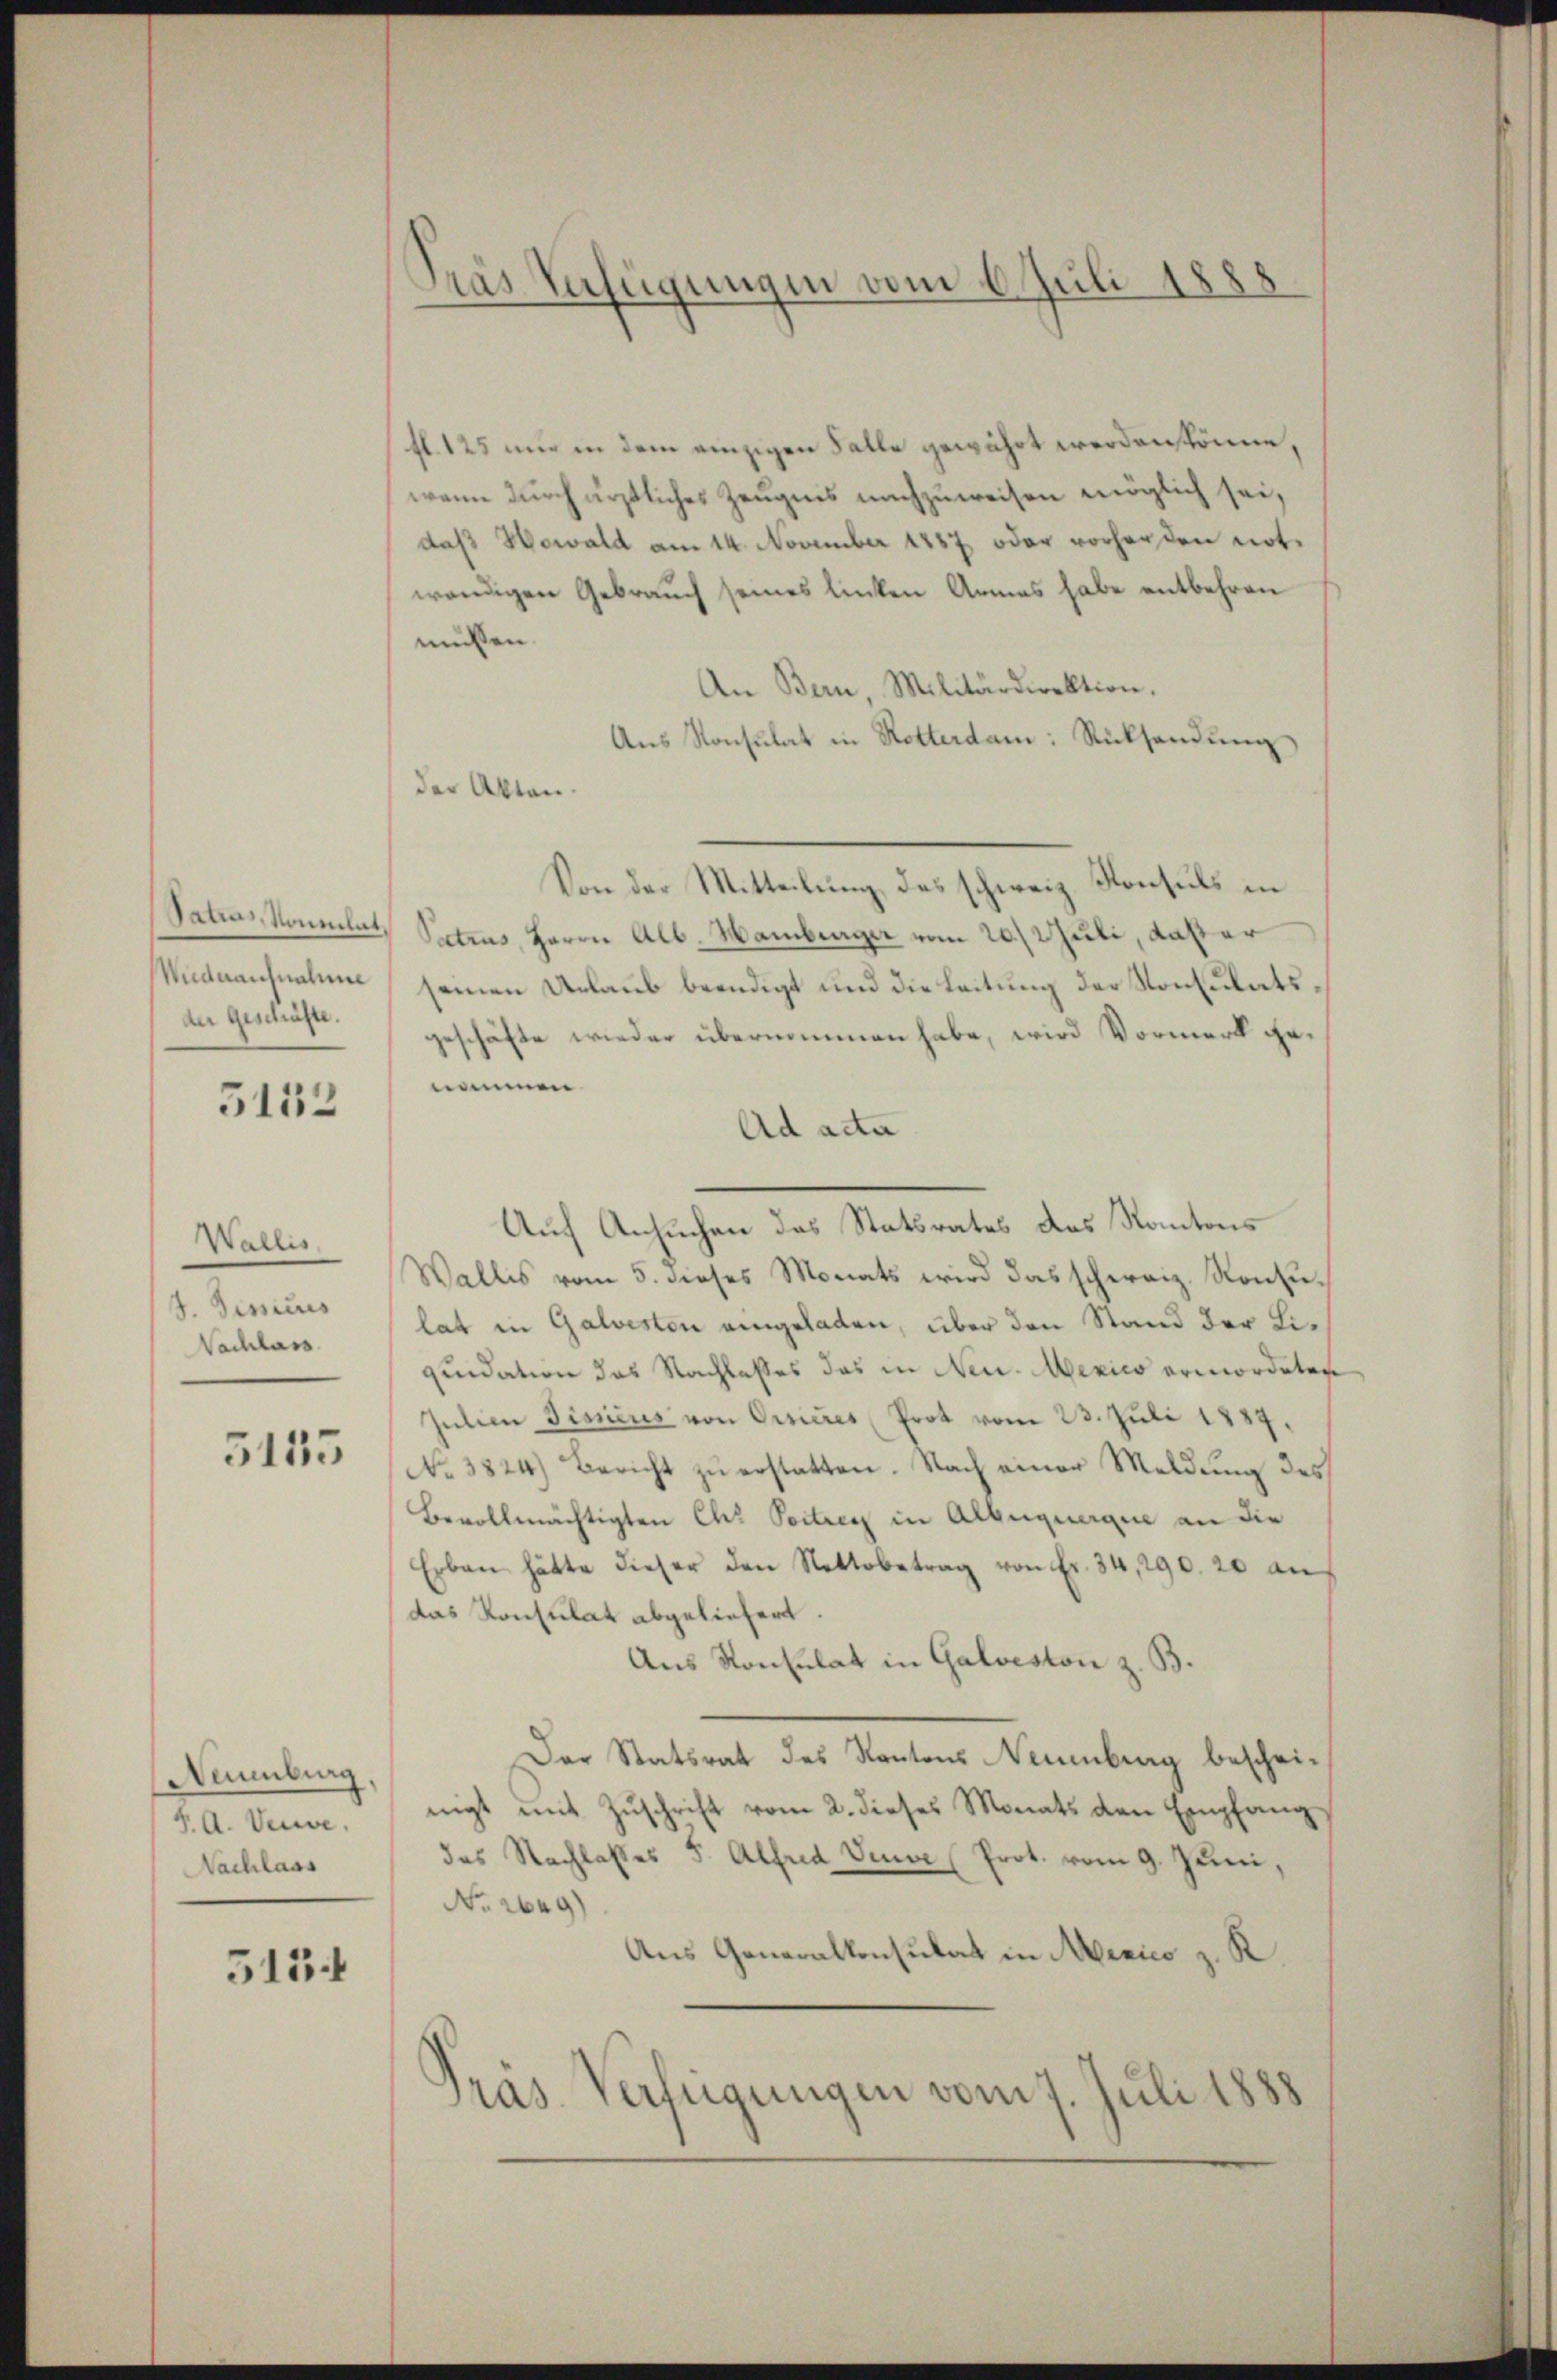
Patros, Momentat.
Wiederaufnahme
der geschäfte.

5152

Wallis,
d. Sinicus
Nachlass

5135

Naumburg
4. A. Veuve,
Nachlass

5134

Tras Verfügungen vom 6. Juli 188

fl. 125 nur in dem einzigen Falle gewährt werden könne,
wenn durch ärztliches Zeugnis nachzuweisen möglich sei,
daß Howald am 14. November 1887, oder vorherden not.
wendigen Gebrauch seines linken Armes habe entbehren
müssen.
An Bern, Militärdirektion.
Aŭs Konsulat in Rotterdam: Rücksendung
der Akten.
Von der Mitteilung, das schweiz. Konsuls in
Patrus, Herrn Alb. Hamburger vom 20. Juli, Vater
seinen Urlaub beendigt und die Leitung der Konsulatsgeschäfte wieder übernommen habe, wird Vormerk genommen
Ad acta
Auf Ansuchen das Statsrates des Kantons
Wallis vom 5. dieses Monats wird das schweiz. Konsulat in Galveston eingeladen, über den Stand der Liquidation das Nachlasses das in Neu. Mexico ermordeten
Julien Tissicus von Orsieres Prot vom 23. Juli 1889.
No. 3824) Bericht zŭ erstatten. Nach einer Meldung des
Bevollmächtigten Chr Portrag in Albuquerque an die
Erben hätte dieser den Nettobetrag von Fr. 34, 290. 20 an
das Konsulat abgeliefert.
Aus Konsulat in Galveston z. B.
Der Statsrat des Kantons Neuenburg bescheinigt mit Zuschrift vom 2. dieses Monats den Empfang
das Nachlasses 5. Alfred Veuve (Prot. vom 9. Juni,
No. 2649)
Aus Generalkonsulat in Mexico z. K
Pras Verfügungen vom 7. Juli 1888